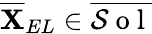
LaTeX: \overline{{\mathbf{X}}}_{EL}\in\overline{{\mathcal{S}\mathrm{~o~l~}}}